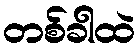
တစ်ခါထဲ